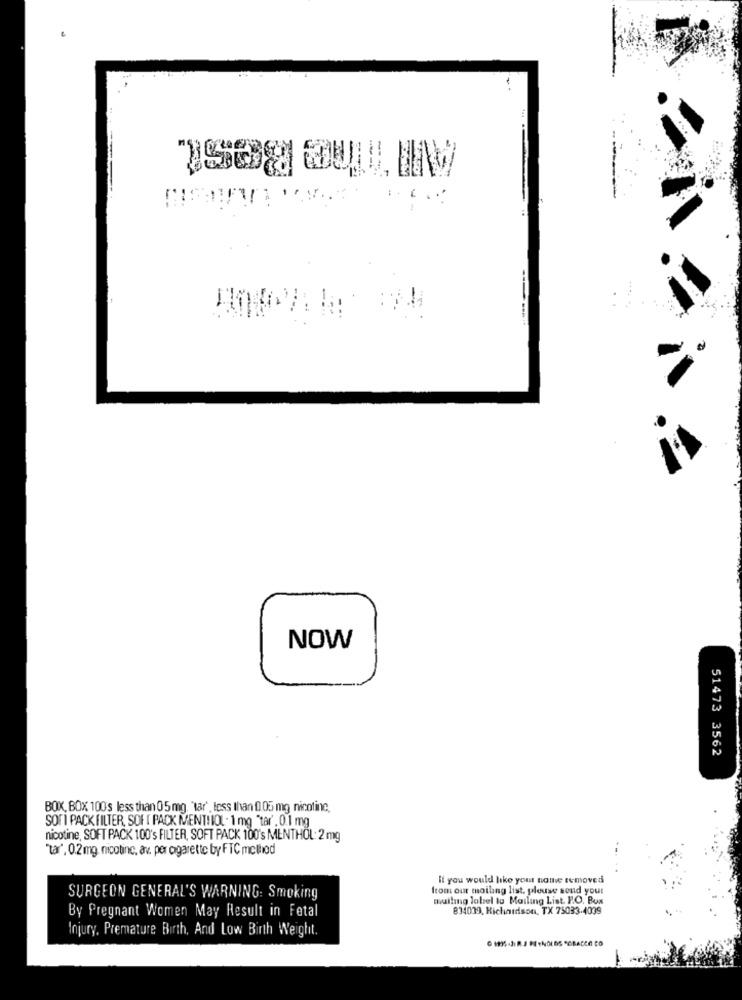
NOW
51473 3562
BOX, BOX 100's less than 05 mg, "tar', less than 1105 mg nicotine,
SOFI PACK FILTER, SOFI PACK MENT! IOL . 1 mg "tar' . 0.1 mg
nicotine, SOFT PACK 100's FILTER, SOFT PACK 100's MENTHOL: 2 mg
"tar', 0.2 mg. nicotinc, av. per ogarette by FTC method
if you would like your nonve removed
from our mailing list, please send your
SURGEON GENERAL'S WARNING: Smoking
mulling label to Mailing List. P.O. Box
By Pregnant Women May Result in Fetal
834039, Richardson, TX 75033-4039
Injury, Premature Birth, And Low Birth Weight.